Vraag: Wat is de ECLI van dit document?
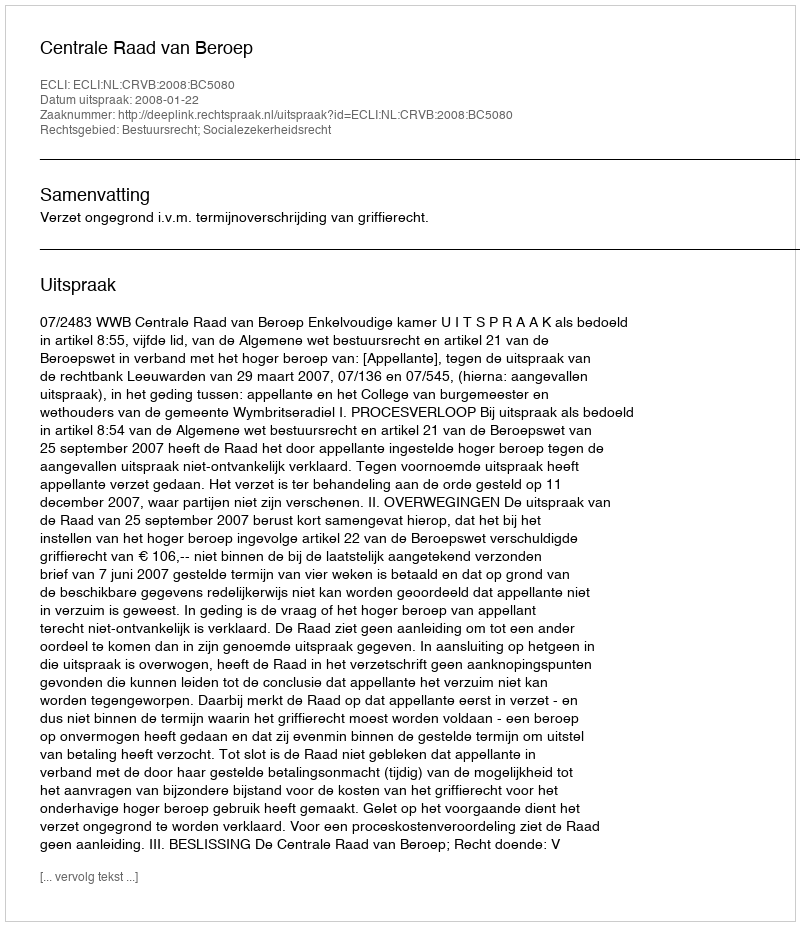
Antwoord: ECLI:NL:CRVB:2008:BC5080